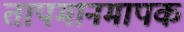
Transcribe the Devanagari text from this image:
तापमानमापक